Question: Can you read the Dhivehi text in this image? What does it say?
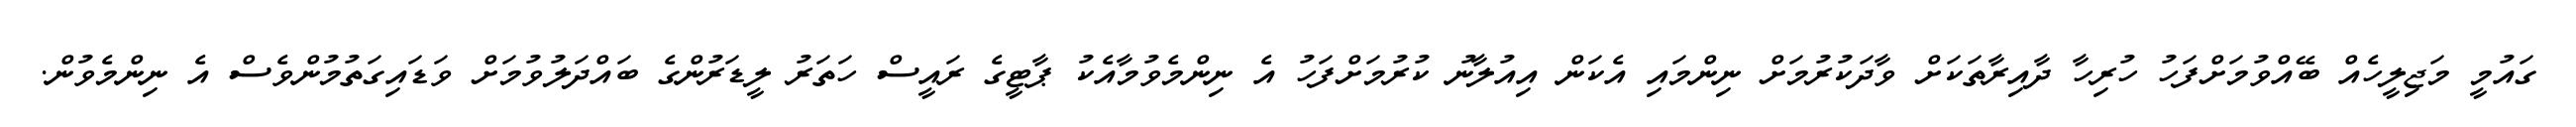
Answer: ގައުމީ މަޖިލީހެއް ބޭއްވުމަށްފަހު ހުރިހާ ދާއިރާތަކަށް ވާދަކުރުމަށް ނިންމައި އެކަން އިއުލާނު ކުރުމަށްފަހު އެ ނިންމެވުމާއެކު ޕާޓީގެ ރައީސް ހަތަރު ލީޑަރުންގެ ބައްދަލުވުމަށް ވަޑައިގަތުމުންވެސް އެ ނިންމެވުން.